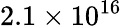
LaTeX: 2.1\times 10^{16}